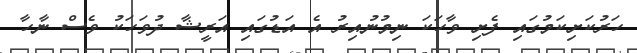
ހަރުކަށިކަމުގައި ފެށި ވާހަކަ ނިމުނުއިރު އެ އަޑުގައި އަރީޝާ ދުވަހަކު ވެސް ނާހާ